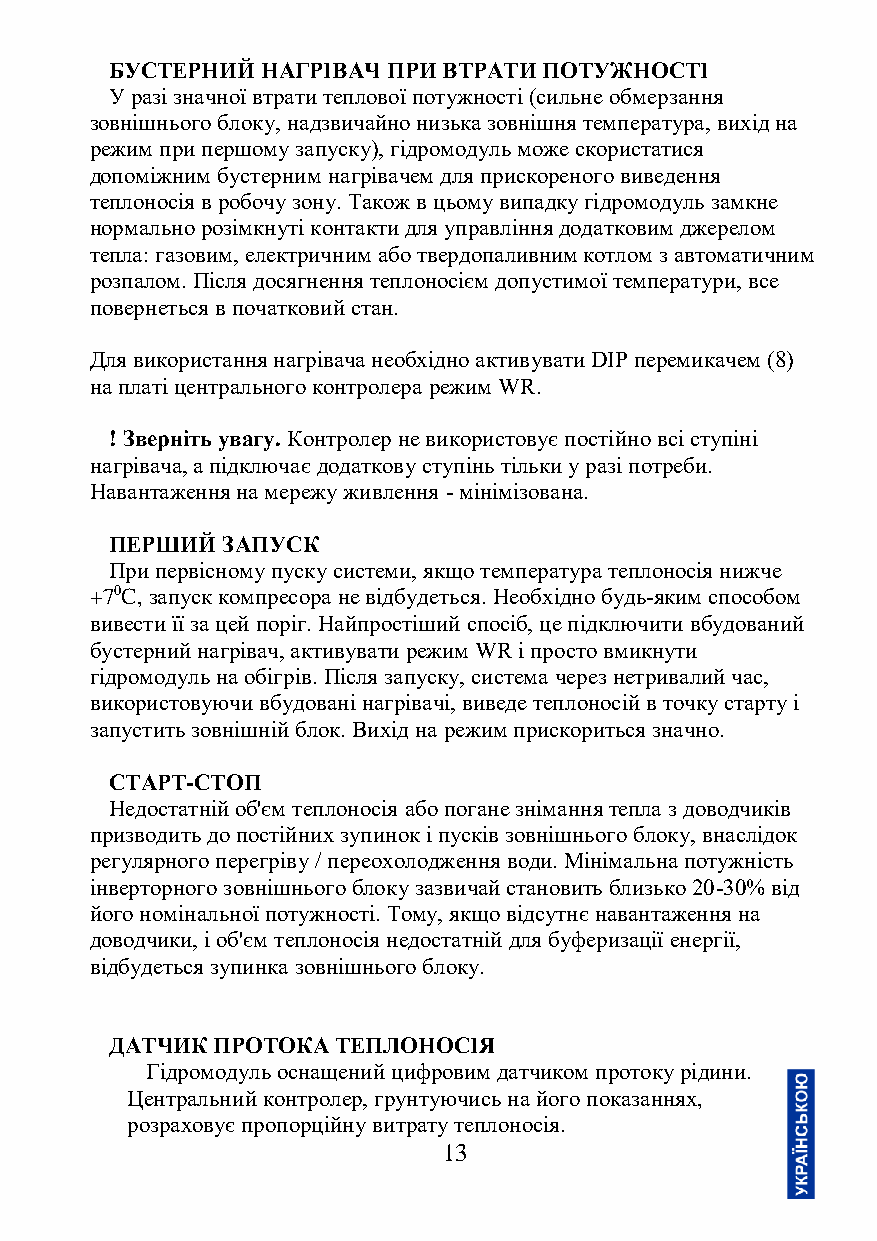
БУСТЕРНИЙ НАГРІВАЧ ПРИ ВТРАТИ ПОТУЖНОСТІ
 У разі значної втрати теплової потужності (сильне обмерзання
 зовнішнього блоку, надзвичайно низька зовнішня температура, вихід на
 режим при першому запуску), гідромодуль може скористатися
 допоміжним бустерним нагрівачем для прискореного виведення
 теплоносія в робочу зону. Також в цьому випадку гідромодуль замкне
 нормально розімкнуті контакти для управління додатковим джерелом
 тепла: газовим, електричним або твердопаливним котлом з автоматичним
 розпалом. Після досягнення теплоносієм допустимої температури, все
 повернеться в початковий стан.
 Для використання нагрівача необхідно активувати DIP перемикачем (8)
 на платі центрального контролера режим WR.
 ! Зверніть увагу. Контролер не використовує постійно всі ступіні
 нагрівача, а підключає додаткову ступінь тільки у разі потреби.
 Навантаження на мережу живлення - мінімізована.
 ПЕРШИЙ  ЗАПУСК
 При первісному пуску системи, якщо температура теплоносія нижче
 +70C, запуск компресора не відбудеться. Необхідно будь-яким способом
 вивести її за цей поріг. Найпростіший спосіб, це підключити вбудований
 бустерний нагрівач, активувати режим WR і просто вмикнути
 гідромодуль на обігрів. Після запуску, система через нетривалий час,
 використовуючи вбудовані нагрівачі, виведе теплоносій в точку старту і
 запустить зовнішній блок. Вихід на режим прискориться значно.
 СТАРТ-СТОП
 Недостатній об'єм теплоносія або погане знімання тепла з доводчиків
 призводить до постійних зупинок і пусків зовнішнього блоку, внаслідок
 регулярного перегріву / переохолодження води. Мінімальна потужність
 інверторного зовнішнього блоку зазвичай становить близько 20-30% від
 його номінальної потужності. Тому, якщо відсутнє навантаження на
 доводчики, і об'єм теплоносія недостатній для буферизації енергії,
 відбудеться зупинка зовнішнього блоку.
 ДАТЧИК ПРОТОКА ТЕПЛОНОСІЯ
 Гідромодуль оснащений цифровим датчиком протоку рідини.
 Центральний контролер, грунтуючись на його показаннях,
 розраховує пропорційну витрату теплоносія.
 13